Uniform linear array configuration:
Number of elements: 16
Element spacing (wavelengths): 0.75
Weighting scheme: hamming
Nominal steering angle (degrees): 45
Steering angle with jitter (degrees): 43.004
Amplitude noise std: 0.05
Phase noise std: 0.05

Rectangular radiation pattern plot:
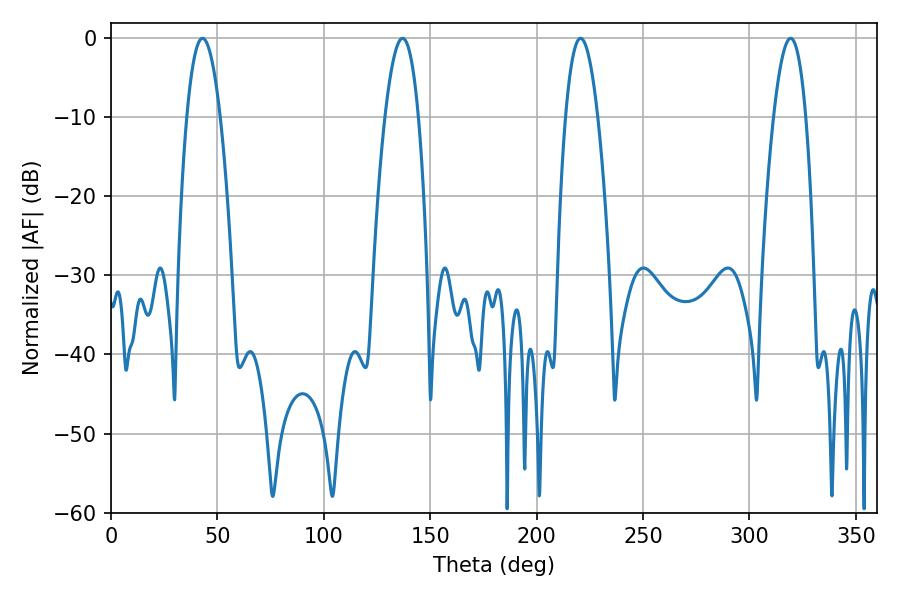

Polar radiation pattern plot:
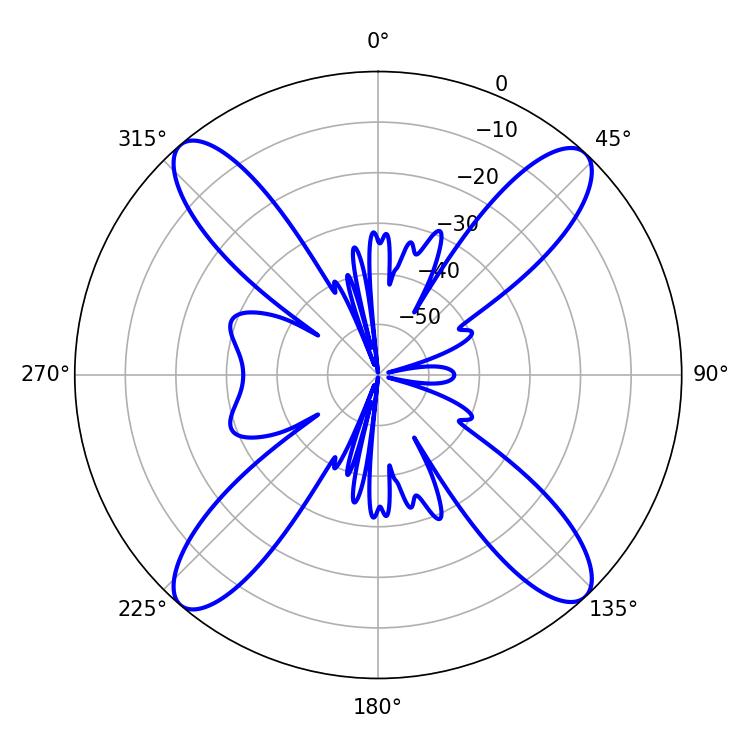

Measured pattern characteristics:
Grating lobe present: TRUE
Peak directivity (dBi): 20.762
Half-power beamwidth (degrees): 8.64
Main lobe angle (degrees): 43.02